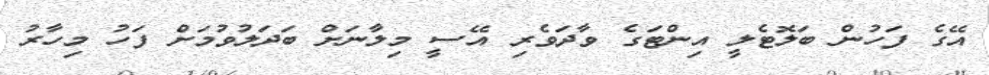
އޭގެ ފަހުން ބަލޮޓެލީ އިންޓަގެ ވާދަވެރި އޭސީ މިލާނަށް ބަދަލުވުމަށް ފަހު މިހާރު